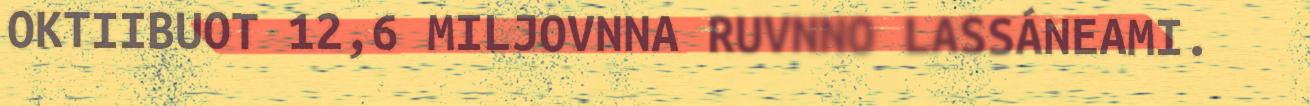
OKTIIBUOT 12,6 MILJOVNNA RUVNNO LASSÁNEAMI.